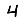
Digit: 4